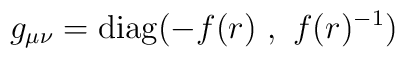
g_{\mu\nu} = {\rm diag}(-f(r)\ ,\ f(r)^{-1})